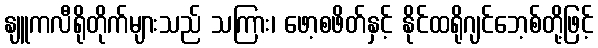
နျူကလီရိုတိုက်များသည် သကြား၊ ဖော့စဖိတ်နှင့် နိုင်ထရိုဂျင်ဘေ့စ်တို့ဖြင့်